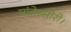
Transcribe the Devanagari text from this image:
मांतेस्सोरी।